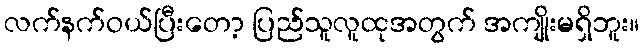
လက်နက်ဝယ်ပြီးတော့ ပြည်သူလူထုအတွက် အကျိုးမရှိဘူး။